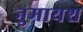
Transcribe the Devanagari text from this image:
नुमायश